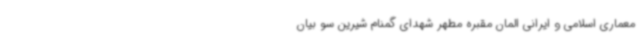
معماری اسلامی و ایرانی المان مقبره مطهر شهدای گمنام شیرین سو بیان